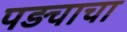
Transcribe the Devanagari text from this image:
पड़चाचा